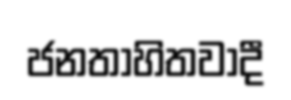
ජනතාහිතවාදී